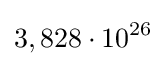
3,828\cdot 10^{26}